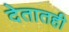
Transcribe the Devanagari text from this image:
देतातही